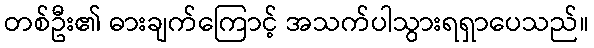
တစ်ဦး၏ ဓားချက်ကြောင့် အသက်ပါသွားရရှာပေသည်။